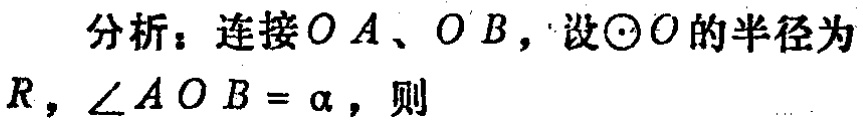
分析：连接 \(OA、OB\)，设\(\odot O\)的半径为\(R\)，\(\angle AOB = \alpha\)，则